Annual report of the Punjab Veterinary College and of the Civil Veterinary Department, Punjab - 1894-1908
Year: 1894
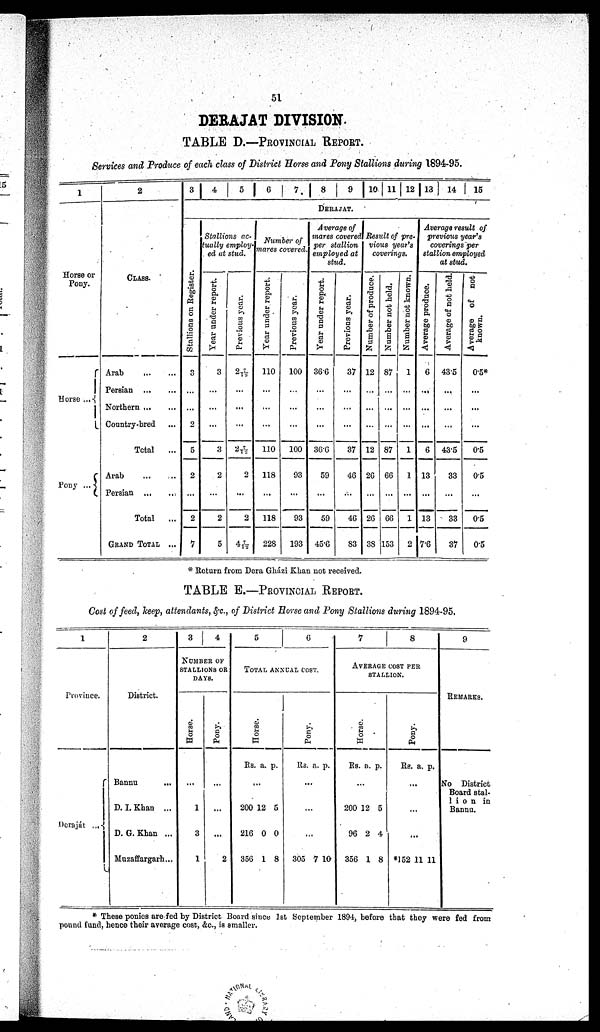
51
DERAJAT DIVISION.
TABLE D.—PROVINCIAL REPORT.
Services and Produce of each class of District Horse and Pony Stallions during 1894-95.
1
Horse or
Pony.
Horse ...
Pony
...
2
CLASS
Arab
...
...
Persian
...
...
Northern ... ...
Country-bred ...
Total ...
Arab ... ...
Persian
...
...
Total
...
GRAND TOTAL ...
3 4 5 6 7 8 9 10 11 12 13 14 15
DERAJAT
St al l
i
ons on Regi st er .
3
...
2
5
2
...
2
7
Stallions ac-
tually employ-
ed at stud.
Tear under report.
3
...
...
...
3
2
...
2
5
Previous year.
2 7/12
...
...
...
2 7/12
2
...
2
4 7/12
Number of
mares covered.
Year
under report.
110
...
...
...
110
118
...
118
228
Previous year.
100
...
...
...
100
93
...
93
193
Average of
mares covered
per stallion
employed at
stud.
Year under report.
366
...
...
...
36.6
59
...
59
45.6
Previous year.
37
...
...
...
37
46
...
46
83
Result of pre-
vious year's
coverings.
Number of produce.
12
...
...
...
12
26
...
26
38
Number not held.
87
...
...
...
87
66
...
66
153
Number not known.
1
...
...
...
1
1
...
1
2
Average result of
previous year's
coverings per
stallion employed
at stud.
Average produce.
6
...
...
...
6
13
...
13
7.6
Average of not held.
43.5
...
...
...
43.5
33
...
33
37
Average of not
known.
0.5*
...
...
...
0.5
0.5
...
0.5
0.5
* Return from Dera Gházi Khan not received.
TABLE E.—PROVINCIAL REPORT.
Cost of feed, keep, attendants, &c., of District Horse and Pony Stallions during 1894-95.
1
Province.
Deraját
...
2
District.
Bannu
...
D. I. Khan ...
D. G. Khan ...
Muzaffargarh...
3
4
NUMBER OF
STALLIONS OR
DAYS.
Horse.
...
1
3
1
Pony.
...
...
...
2
5
6
TOTAL ANNUAL COST.
Hor s e.
Rs. a.
p.
...
200
216
356
12
0
1
5
0
8
Pony.
Rs. a. p.
...
...
...
305 7 10
7
8
AVERAGE COST PER
STALLION.
Hor s e.
Rs. a. p.
...
200
96
356
12
2
1
5
4
8
Pony.
Rs. a. p.
...
...
...
*152 11 11
9
REMARKS.
No District
Board stal-
lion in
Bannu.
* These ponies are fed by District Board since 1st September 1894, before that they were fed from
pound fund, hence their average cost, &c., is smaller.